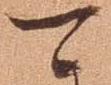
可